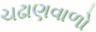
ચઢાણવાળો